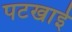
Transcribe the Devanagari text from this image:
पटखाई